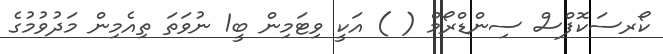
ކޯރސަކޮފްސް ސިންޑްރޯމް ( ) އަކީ ވިޓަމިން ބީ1 ނުވަތަ ތިއެމިން މަދުވުމުގެ